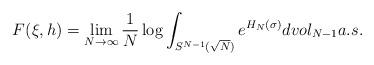
LaTeX: \begin{align*}F(\xi,h)=\lim_{N\to\infty}\frac{1}{N}\log\int_{S^{N-1}(\sqrt{N})}e^{H_{N}(\sigma)}dvol_{N-1}a.s.\end{align*}